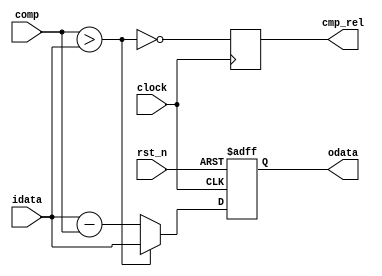
/****************************************
______________                ______________
______________ \  /\  /|\  /| ______________
______________  \/  \/ | \/ | ______________
--Module Name:  rotation.v
--Project Name: cordic
--Data modified: 2015-09-21 14:35:34 +0800
--author:Young-
--E-mail: wmy367@Gmail.com
****************************************/
`timescale 1ns/1ps
module rotation #(
	parameter DSIZE		= 16
)(
	input				clock,
	input				rst_n,
	input [DSIZE-1:0]	idata,
	input [DSIZE-1:0]	comp,
	output[DSIZE-1:0]	odata,
	output				cmp_rel			// not smaller : 1'b1 ; not : 1'b0
);

reg [DSIZE-1:0]	data_reg;

always@(posedge clock,negedge rst_n)
	if(~rst_n)	data_reg	<= {DSIZE{1'b0}};
	else begin
		if(comp > idata)
				data_reg	<= idata;
		else	data_reg	<= idata - comp;
	end   

reg 			cmp_reg;
always@(posedge clock)
	cmp_reg		<= !(comp > idata);

assign	odata	= data_reg;
assign	cmp_rel	= cmp_reg;

endmodule